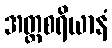
အတ္ထစရိယာနံ